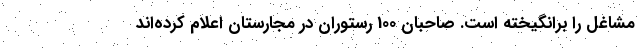
مشاغل را برانگیخته است. صاحبان 100 رستوران در مجارستان اعلام کرده‌اند